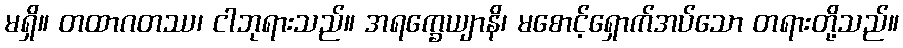
မရှိ။ တထာဂတဿ၊ ငါဘုရားသည်။ အရက္ခေယျာနိ၊ မစောင့်ရှောက်အပ်သော တရားတို့သည်။